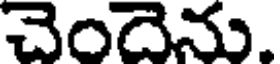
చెందెను.